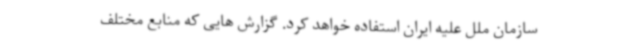
سازمان ملل علیه ایران استفاده خواهد کرد. گزارش هایی که منابع مختلف